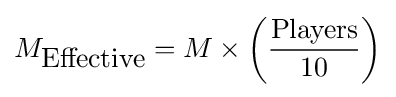
M_{\mbox{Effective}}=M\times \left({\frac {\mbox{Players}}{10}}\right)